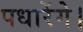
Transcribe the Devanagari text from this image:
पधारेंगे।